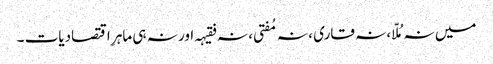
میں نہ مُلّا ، نہ قاری ، نہ مُفتی ، نہ فقیہہ اور نہ ہی ماہرِ اقتصادیات ۔